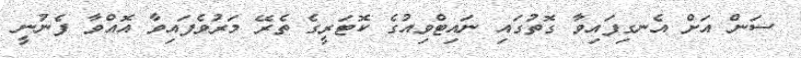
ސަން އަށް އެނގިފައިވާ ގޮތުގައި ނައިޓްވިއުގެ ކޮޓަރީގެ ތެރޭ މަރުވެފައިވާ އޮއްވާ ފެނުނީ